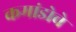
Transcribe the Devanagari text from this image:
कमांडोचे